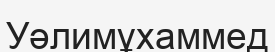
Уәлимұхаммед